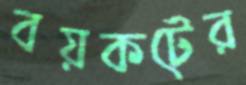
বয়কটের